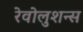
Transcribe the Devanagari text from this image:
रेवोलुशन्स